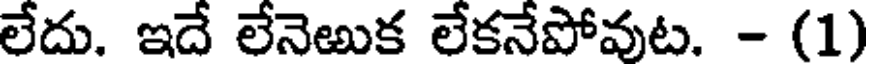
లేదు. ఇదే లేనెఱుక లేకనేపోవుట. - (1)